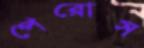
পেরোস